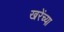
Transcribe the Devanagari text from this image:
खरेंच्या